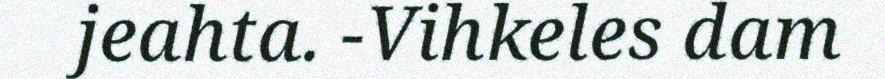
jeahta. -Vihkeles dam